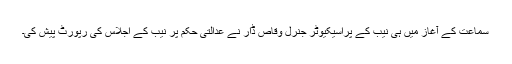
سماعت کے آغاز میں ہی نیب کے پراسیکیوٹر جنرل وقاص ڈار نے عدالتی حکم پر نیب کے اجلاس کی رپورٹ پیش کی۔